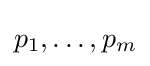
p_{1},\dots ,p_{m}